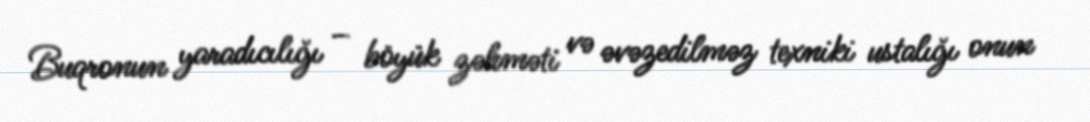
Buqronun yaradıcılığı – böyük zəhməti və əvəzedilməz texniki ustalığı onun